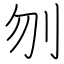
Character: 刎